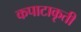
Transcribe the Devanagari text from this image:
कपाटाकृती